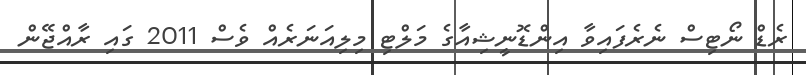
ރެޑް ނޯޓިސް ނެރެފައިވާ އިންޑޮނީޝިއާގެ މަލްޓި މިލިއަނަރެއް ވެސް 2011 ގައި ރާއްޖޭން